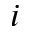
i